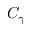
C _ { \gamma }